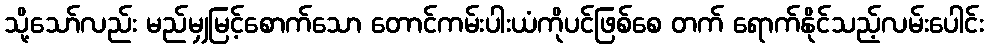
သို့သော်လည်း မည်မျှမြင့်စောက်သော တောင်ကမ်းပါးယံကိုပင်ဖြစ်စေ တက် ရောက်နိုင်သည့်လမ်းပေါင်း